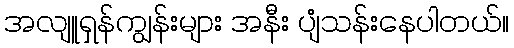
အလျူရှန်ကျွန်းများ အနီး ပျံသန်းနေပါတယ်။